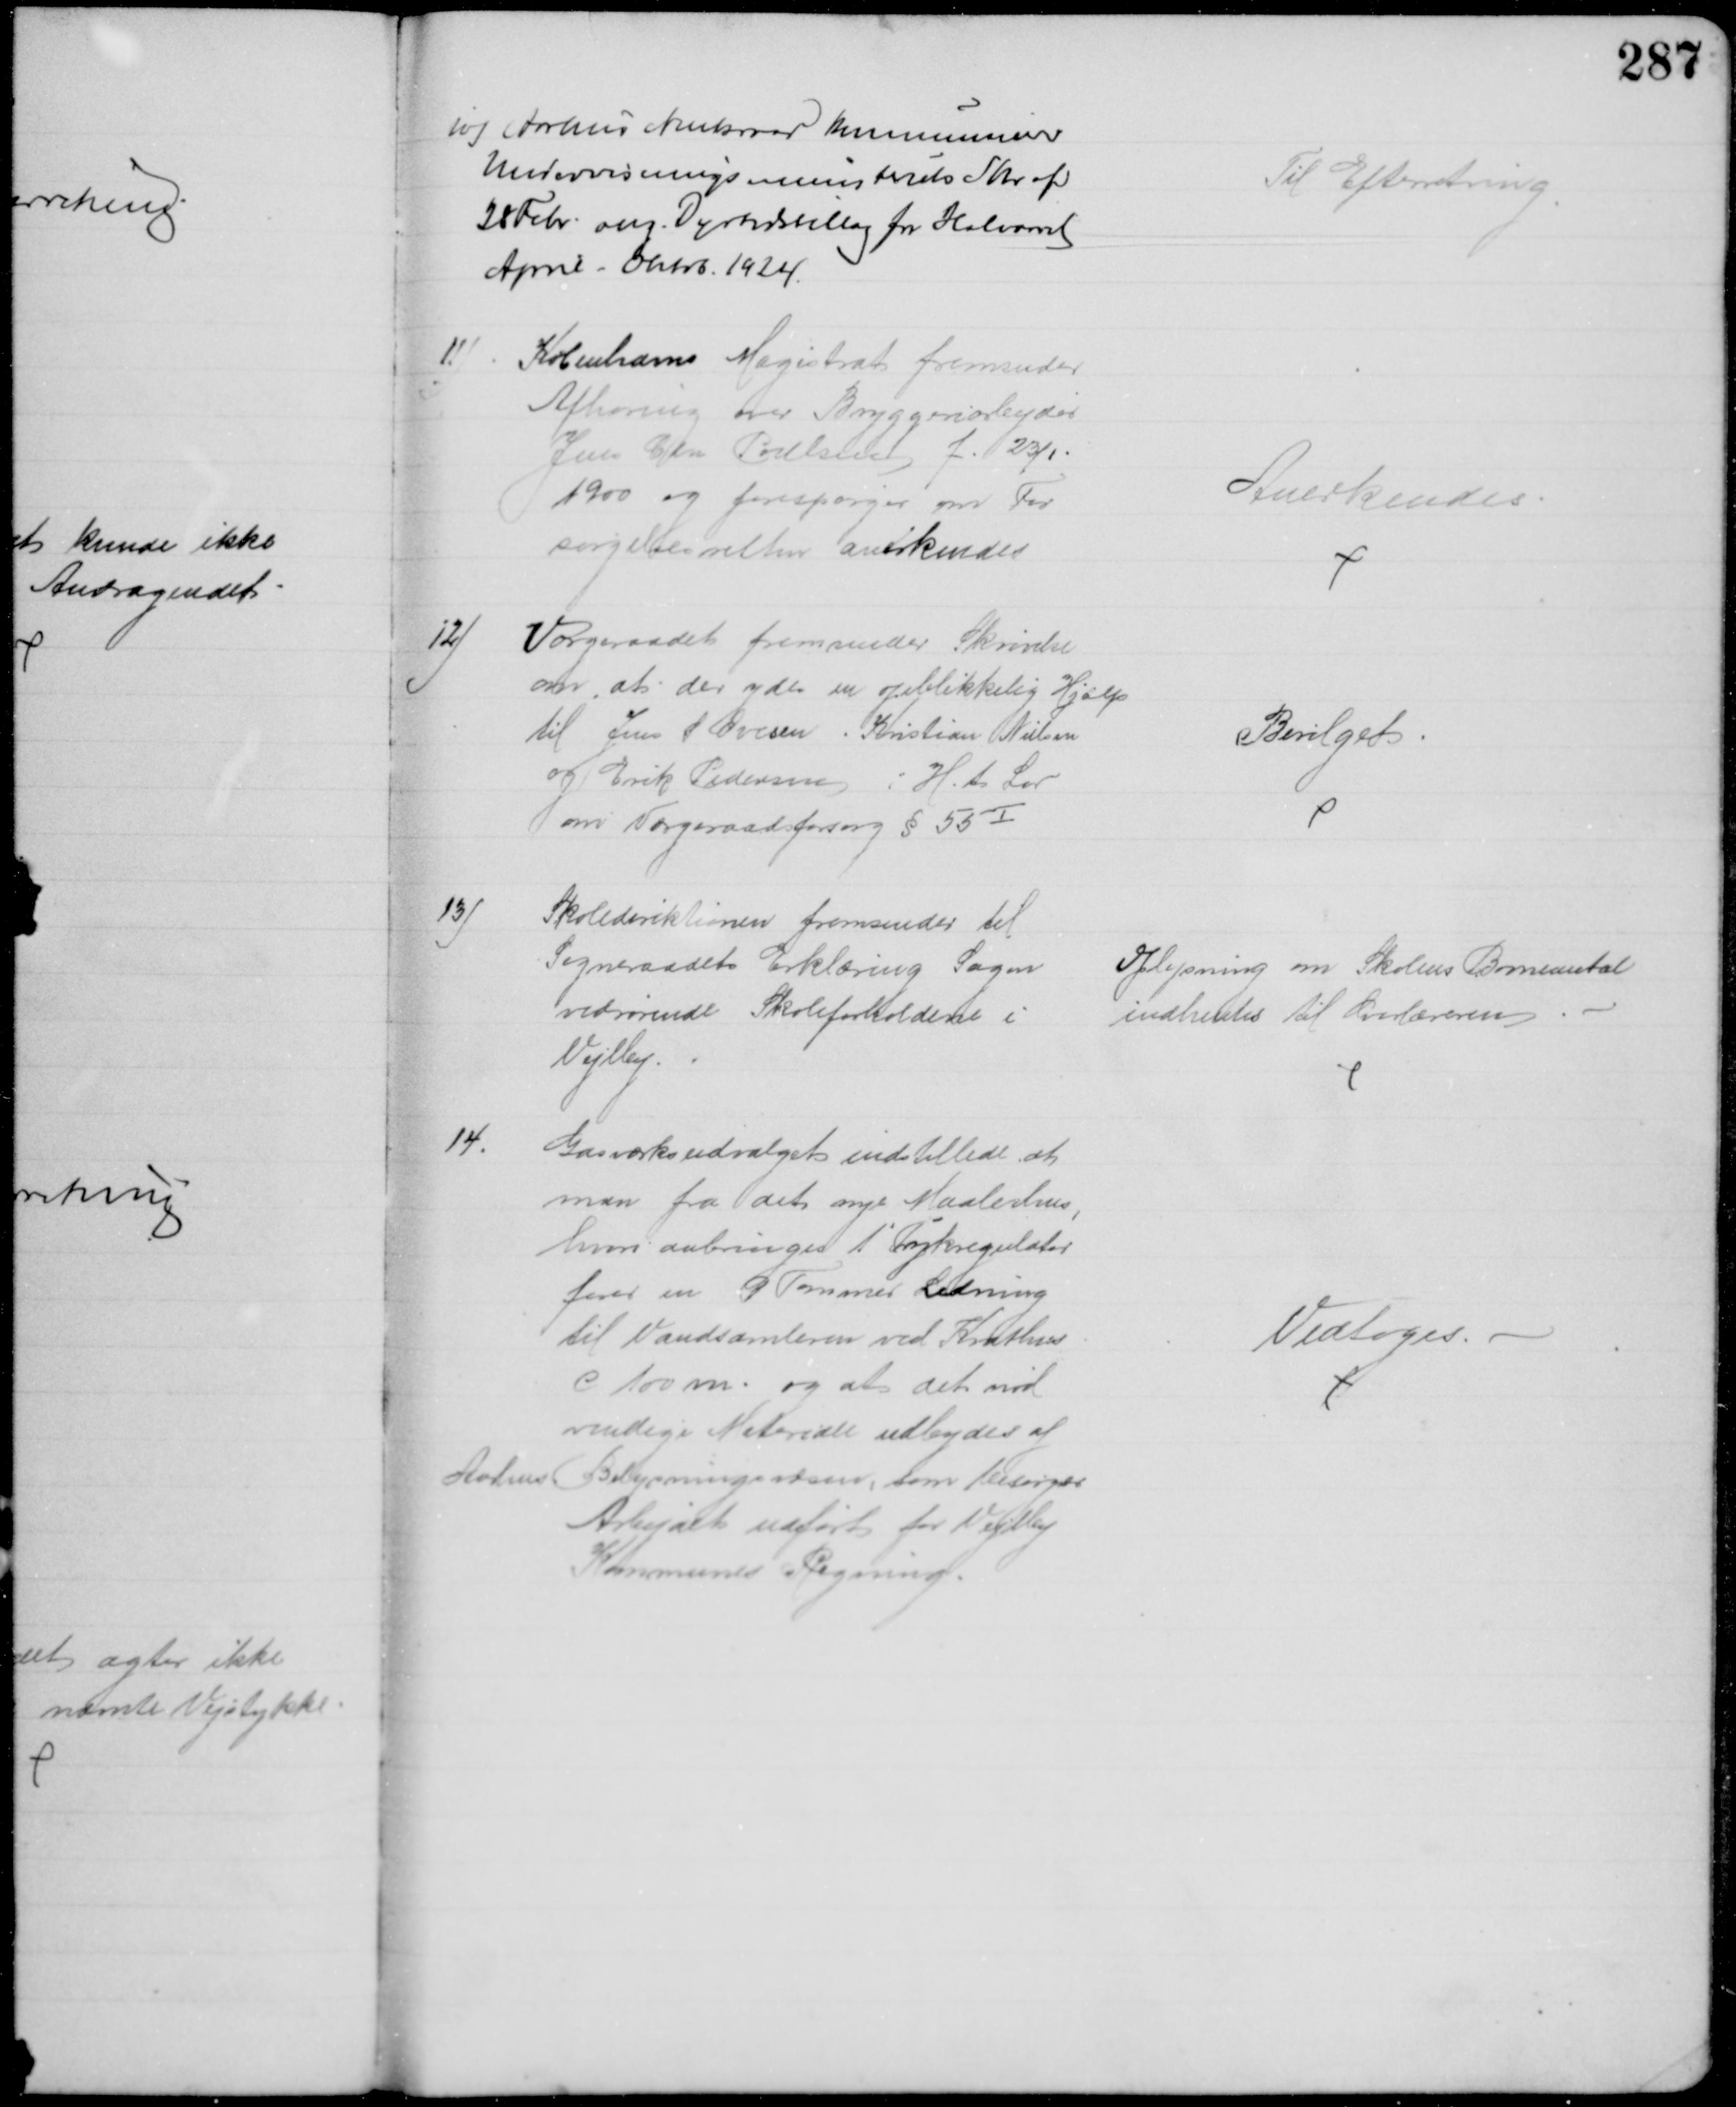
Transskription:
10) Aarhus Amtsraad kommunicerer
Undervisningsministeriets Skr. af
28 Febr. ang. Dyrtidstillæg for Halvaaret
April - Oktob. 1924
Til Efterretning
11) 
Københavns Magistrat fremsender
Afhøring over Bryggeriarbejder
Jens Chr. Poulsen f. 23/1.
1900 og forespørger om For
sørgelsesretten anerkendes 
Anerkendes.
12)
Værgeraadet fremsender Skrivelse
om, at der ydes en øjeblikkelig Hjælp
til Jens S Ovesen. Kristian Nielsen
og Erik Pedersen i H. t. Lov
om Værgeraadsforsorg § 55I
Bevilget
13)
Skoledirektionen fremsender til 
Sogneraadets Erklæring Sagen
vedrørende Skoleforholdene i
Vejlby.
Oplysning om Skolens Børneantal
indhentes til Overlæreren
14.
Gasværksudvalget indstillede, at 
man fra det nye Maalerhus,
hvori anbringes 1 Trykregulator
fører en 9 Tommer Ledning
til Vandsamleren ved Krathus
c 100 m. og at det nød
vendige Materiale udbydes af
Aarhus
Belysningsvæsen, som besørger
Arbejdet udført for Vejlby
Kommunes Regning.
Vedtoges